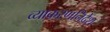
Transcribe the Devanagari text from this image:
व्याकरणनिर्देश